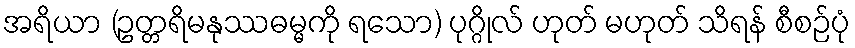
အရိယာ (ဥတ္တရိမနုဿဓမ္မကို ရသော) ပုဂ္ဂိုလ် ဟုတ် မဟုတ် သိရန် စီစဉ်ပုံ